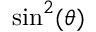
\sin ^ { 2 } ( \theta )